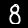
Label: 8